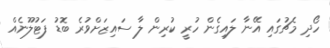
ހޯދި މެޗުގައި އޭނާ ލައިގެން ހުރީ ކުރިން ލާ ސައިޒަށްވުރެ ބޮޑު ފަޓުލޫނެއް